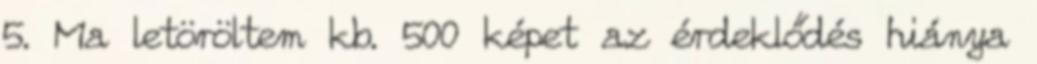
5. Ma letöröltem kb. 500 képet az érdeklődés hiánya